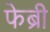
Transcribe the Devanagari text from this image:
फेब्री